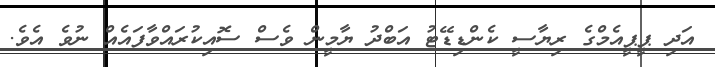
އަދި ޕީޕީއެމްގެ ރިޔާސީ ކެންޑިޑޭޓު އަބްދު ޔާމީން ވެސް ސޮއިކުރައްވާފައެއް ނުވެ އެވެ.